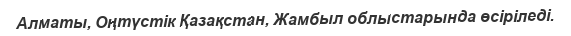
Алматы, Оңтүстік Қазақстан, Жамбыл облыстарында өсіріледі.